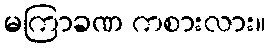
မကြာခဏ ကစားလား။